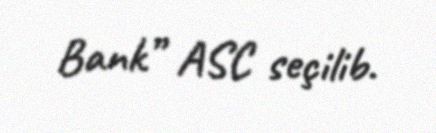
Bank” ASC seçilib.